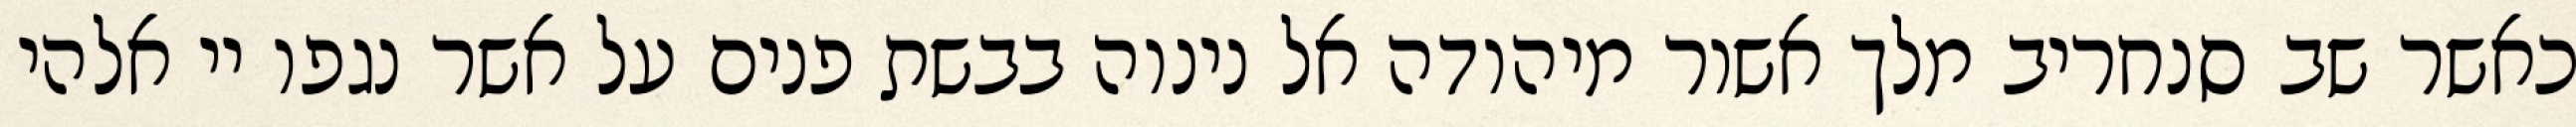
כאשר שב סנחריב מלך אשור מיהודה אל נינוה בבשת פנים על אשר נגפו יי אלהי